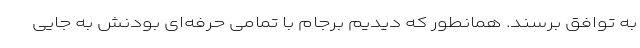
به توافق برسند. همانطور که دیدیم برجام با تمامی حرفه‌ای بودنش به جایی